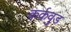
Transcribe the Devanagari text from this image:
कर्कवुड